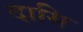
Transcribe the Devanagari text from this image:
दासि